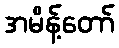
အမိန့်တော်